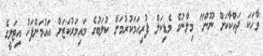
ވާހަކަ ދައްކާކަށް ނޫން" މިލާނުގެ މެޑިކަލް ފުރިހަމަކުރުމަށް ކުލަބުގެ މައިމަރުކަޒަށް އައުމަށްފަހު އިޓަލީގެ